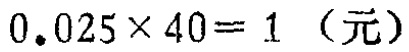
\(0.025\times 40 = 1\)（元）